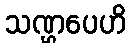
သဏ္ဌပေဟိ